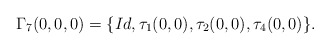
\begin{align*}\Gamma_{7}(0,0,0) = \{ Id,\tau_{1}(0,0),\tau_{2}(0,0),\tau_{4}(0,0)\}.\end{align*}